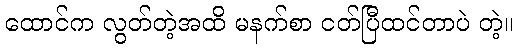
ထောင်က လွတ်တဲ့အထိ မနက်စာ ငတ်ပြီထင်တာပဲ တဲ့။